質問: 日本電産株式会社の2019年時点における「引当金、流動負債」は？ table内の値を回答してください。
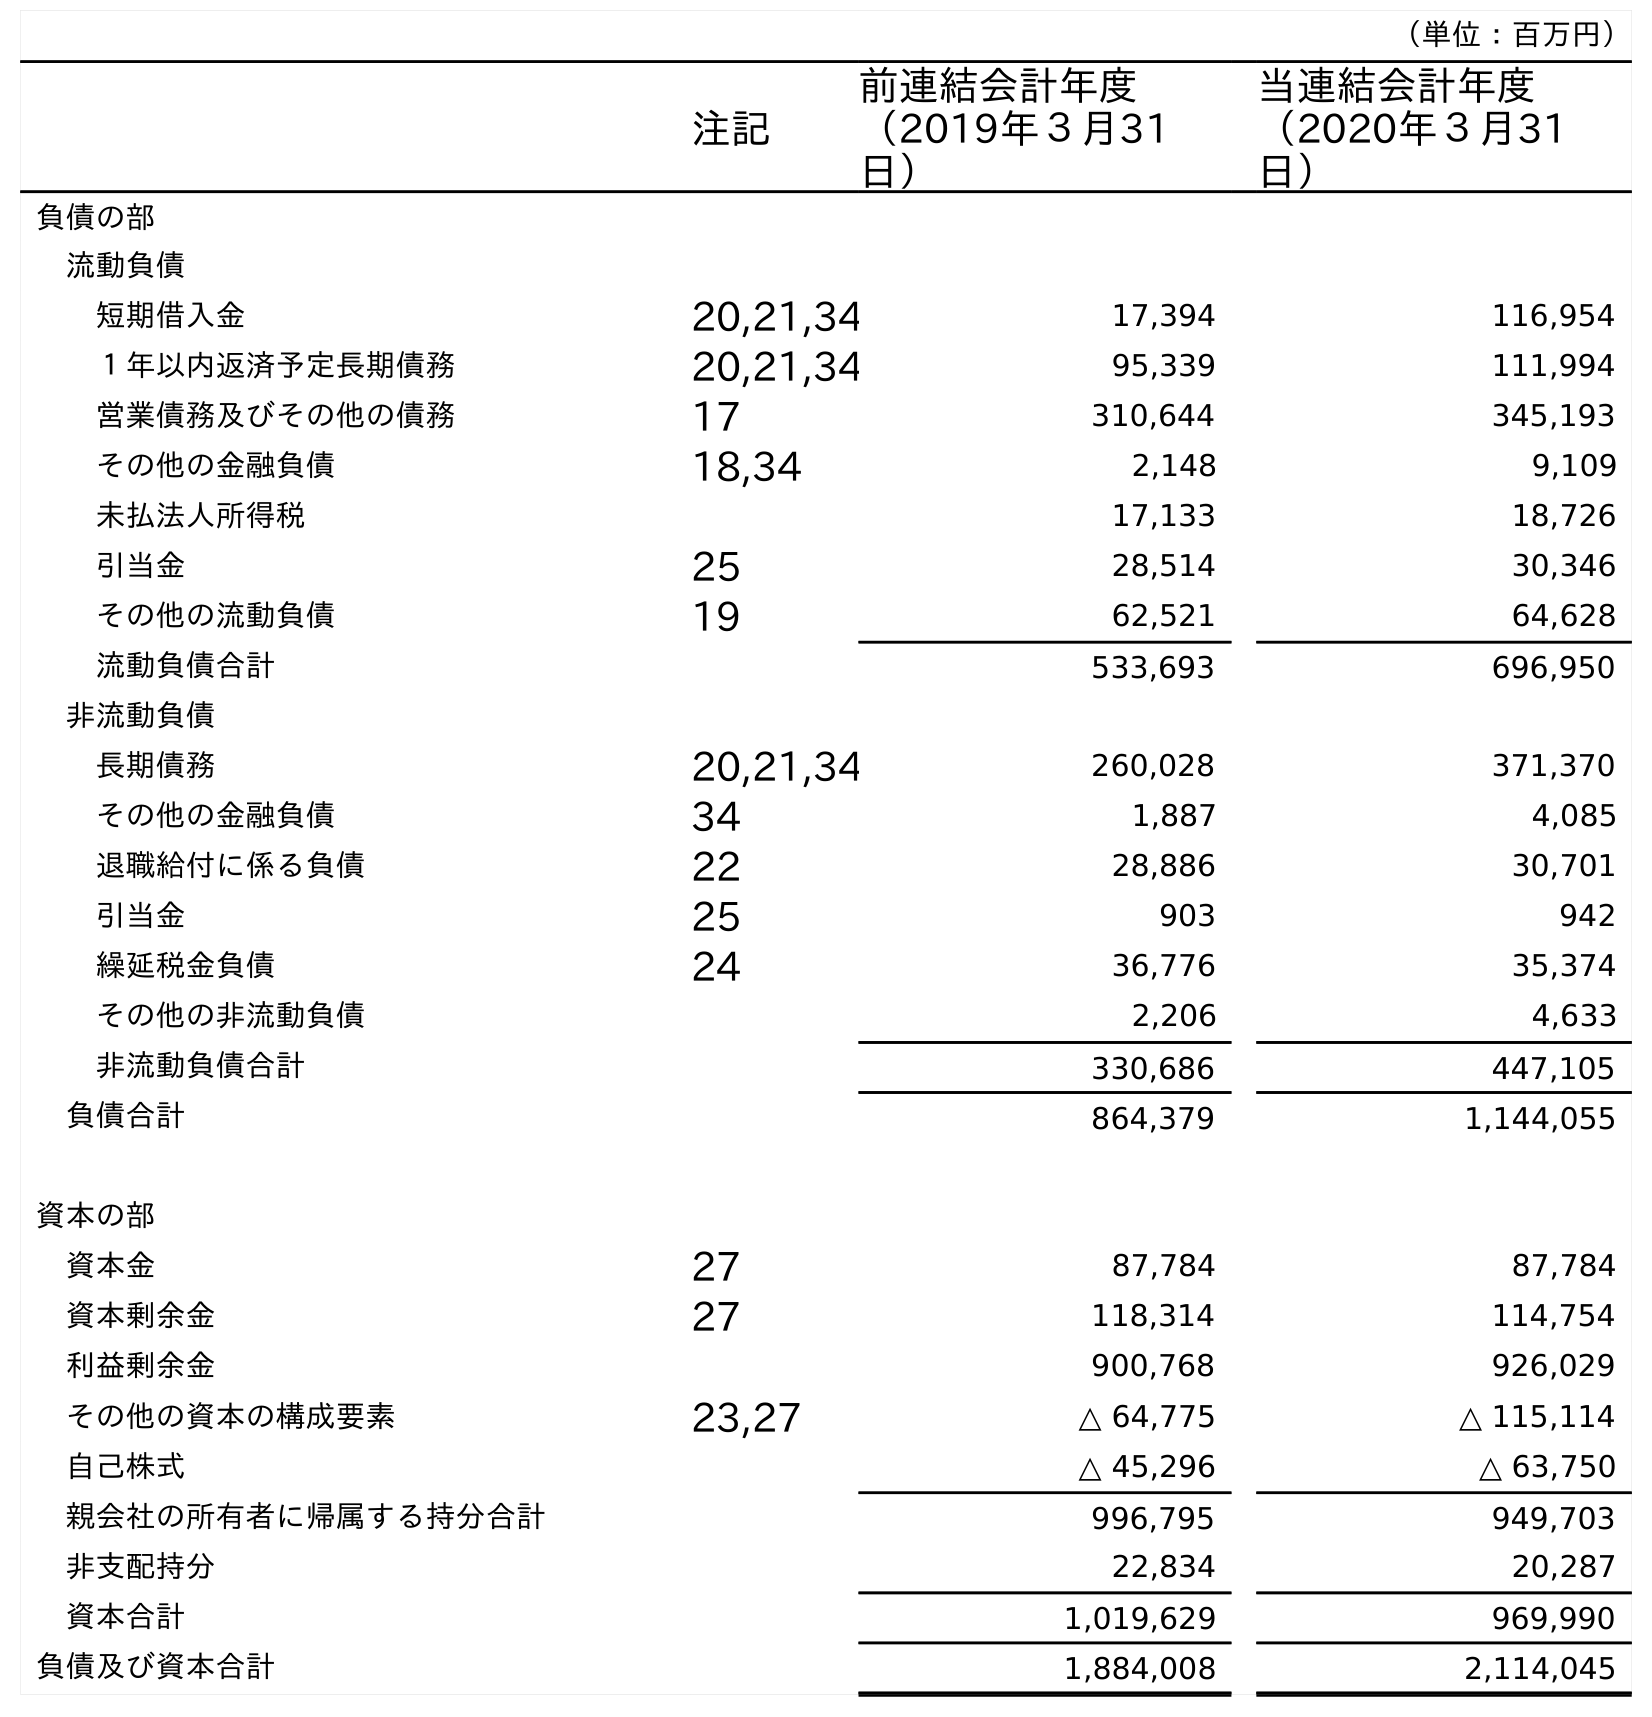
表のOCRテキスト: （単位：百万円） 注記 前連結会計年度 （2019年３月31 日） 当連結会計年度 （2020年３月31 日） 負債の部 流動負債 短期借入金 20,21,34 17,394 116,954 １年以内返済予定長期債務 20,21,34 95,339 111,994 営業債務及びその他の債務 17 310,644 345,193 その他の金融負債 18,34 2,148 9,109 未払法人所得税 17,133 18,726 引当金 25 28,514 30,346 その他の流動負債 19 62,521 64,628 流動負債合計 533,693 696,950 非流動負債 長期債務 20,21,34 260,028 371,370 その他の金融負債 34 1,887 4,085 退職給付に係る負債 22 28,886 30,701 引当金 25 903 942 繰延税金負債 24 36,776 35,374 その他の非流動負債 2,206 4,633 非流動負債合計 330,686 447,105 負債合計 864,379 1,144,055 資本の部 資本金 27 87,784 87,784 資本剰余金 27 118,314 114,754 利益剰余金 900,768 926,029 その他の資本の構成要素 23,27 △ 64,775 △ 115,114 自己株式 △ 45,296 △ 63,750 親会社の所有者に帰属する持分合計 996,795 949,703 非支配持分 22,834 20,287 資本合計 1,019,629 969,990 負債及び資本合計 1,884,008 2,114,045
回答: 28,514